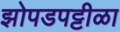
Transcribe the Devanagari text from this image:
झोपडपट्टीळा